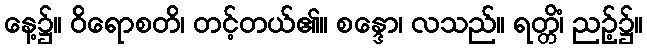
နေ့၌။ ဝိရောစတိ၊ တင့်တယ်၏။ စန္ဒော၊ လသည်။ ရတ္တိံ၊ ညဉ့်၌။